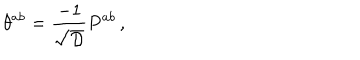
\theta ^ { a b } = { \frac { - 1 } { \sqrt { \cal D } } } P ^ { a b } \, ,